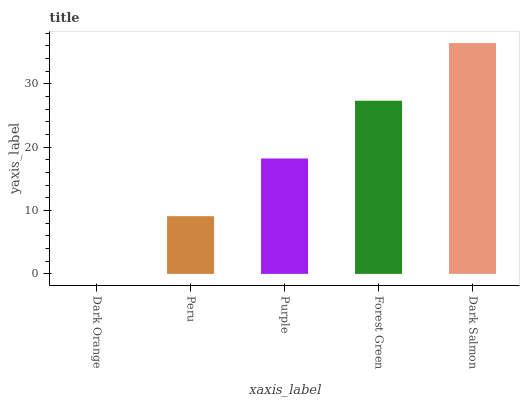
| xaxis_label | bars |
 | --- | --- |
 | Dark Orange | 0 |
 | Peru | 9.11 |
 | Purple | 18.2 |
 | Forest Green | 27.3 |
 | Dark Salmon | 36.4 |